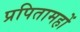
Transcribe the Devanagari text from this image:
प्रपितामहों